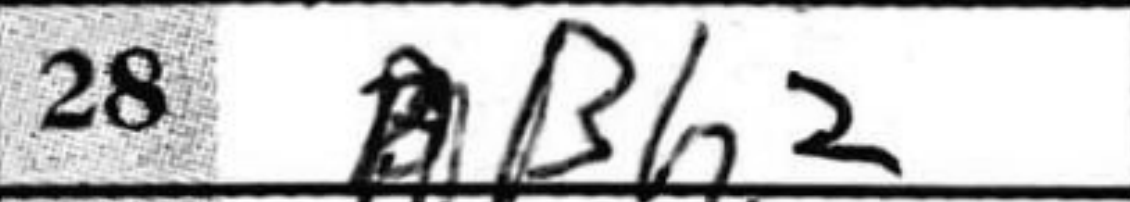
Transcription: Bh2